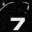
Digit: 7